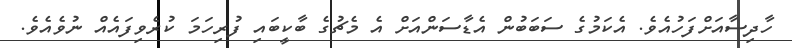
ހާދިސާއަށްފަހުއެވެ. އެކަމުގެ ސަބަބުން އެޑާސަންއަށް އެ މެޗުގެ ބާކީބައި ފުރިހަމަ ކުރެވިފައެއް ނުވެއެވެ.